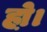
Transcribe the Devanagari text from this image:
हो़।